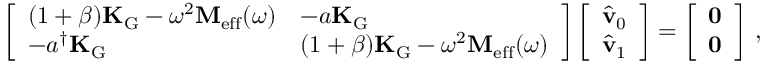
\left[ \begin{array} { l l } { ( 1 + \beta ) \mathbf { K } _ { \mathrm { G } } - \omega ^ { 2 } \mathbf { M } _ { \mathrm { e f f } } ( \omega ) } & { - a \mathbf { K } _ { \mathrm { G } } } \\ { - a ^ { \dagger } \mathbf { K } _ { \mathrm { G } } } & { ( 1 + \beta ) \mathbf { K } _ { \mathrm { G } } - \omega ^ { 2 } \mathbf { M } _ { \mathrm { e f f } } ( \omega ) } \end{array} \right] \left[ \begin{array} { l } { \hat { \mathbf { v } } _ { 0 } } \\ { \hat { \mathbf { v } } _ { 1 } } \end{array} \right] = \left[ \begin{array} { l } { \mathbf { 0 } } \\ { \mathbf { 0 } } \end{array} \right] \, ,